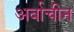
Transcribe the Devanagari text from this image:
अर्बाचीन